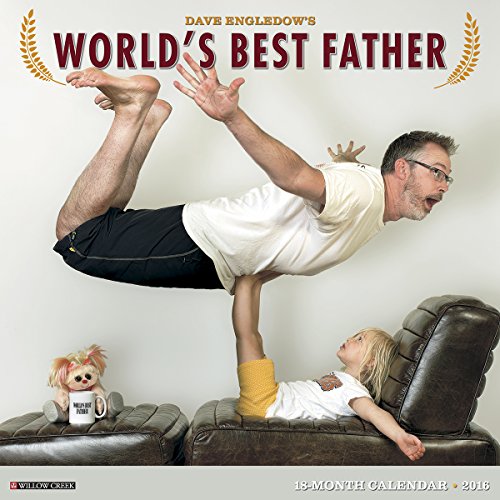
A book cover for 2016 World's Best Father Wall Calendar; Dave Engledow; Calendars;